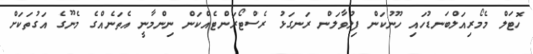
ހޮޓަލް މެމޯރިއަލްބަނޑުހައި ހޫނުކަން ފިލުވާލަން ރަނގަޅު ރެސްޓޯރަންޓެއްކަން ނިންމާނީ އެތަނެއްގެ މެނޫގެ އަގުތަކަށް